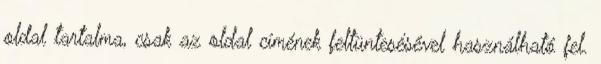
oldal tartalma, csak az oldal címének feltüntesésével használható fel.